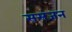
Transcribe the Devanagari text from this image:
ससंजन